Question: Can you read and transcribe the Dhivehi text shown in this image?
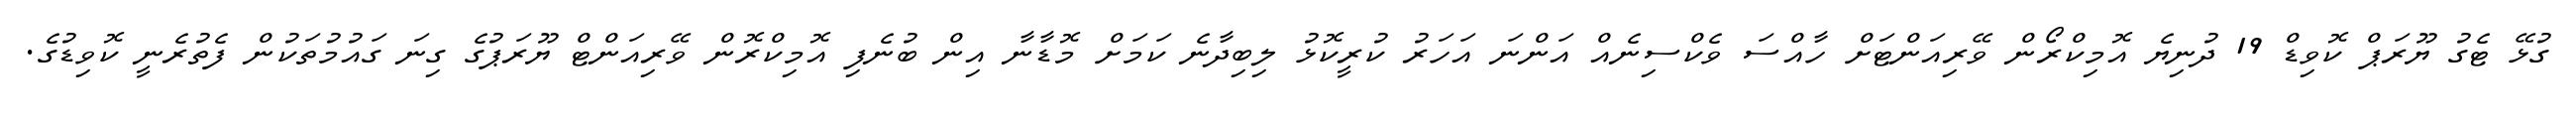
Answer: ގުޅޭ ޓެގު ޔޫރަޕް ކޮވިޑް 19 ދުނިޔެ އޮމިކްރޯން ވޭރިއަންޓަށް ހާއްސަ ވެކްސިނެއް އަންނަ އަހަރު ކުރީކޮޅު ލިބިދާނެ ކަމަށް މޮޑާނާ އިން ބުނެފި އޮމިކްރޮން ވޭރިއަންޓް ޔޫރަޕުގެ ގިނަ ގައުމުތަކުން ފެތުރެނީ ކޮވިޑުގެ.